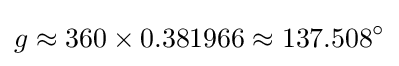
g\approx 360\times 0.381966\approx 137.508^{\circ }